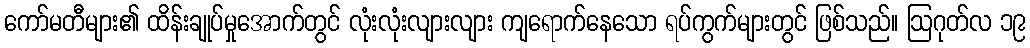
ကော်မတီများ၏ ထိန်းချုပ်မှုအောက်တွင် လုံးလုံးလျားလျား ကျရောက်နေသော ရပ်ကွက်များတွင် ဖြစ်သည်။ ဩဂုတ်လ ၁၉